Vabadussoja_Ajaloo_Komitee, lk 48
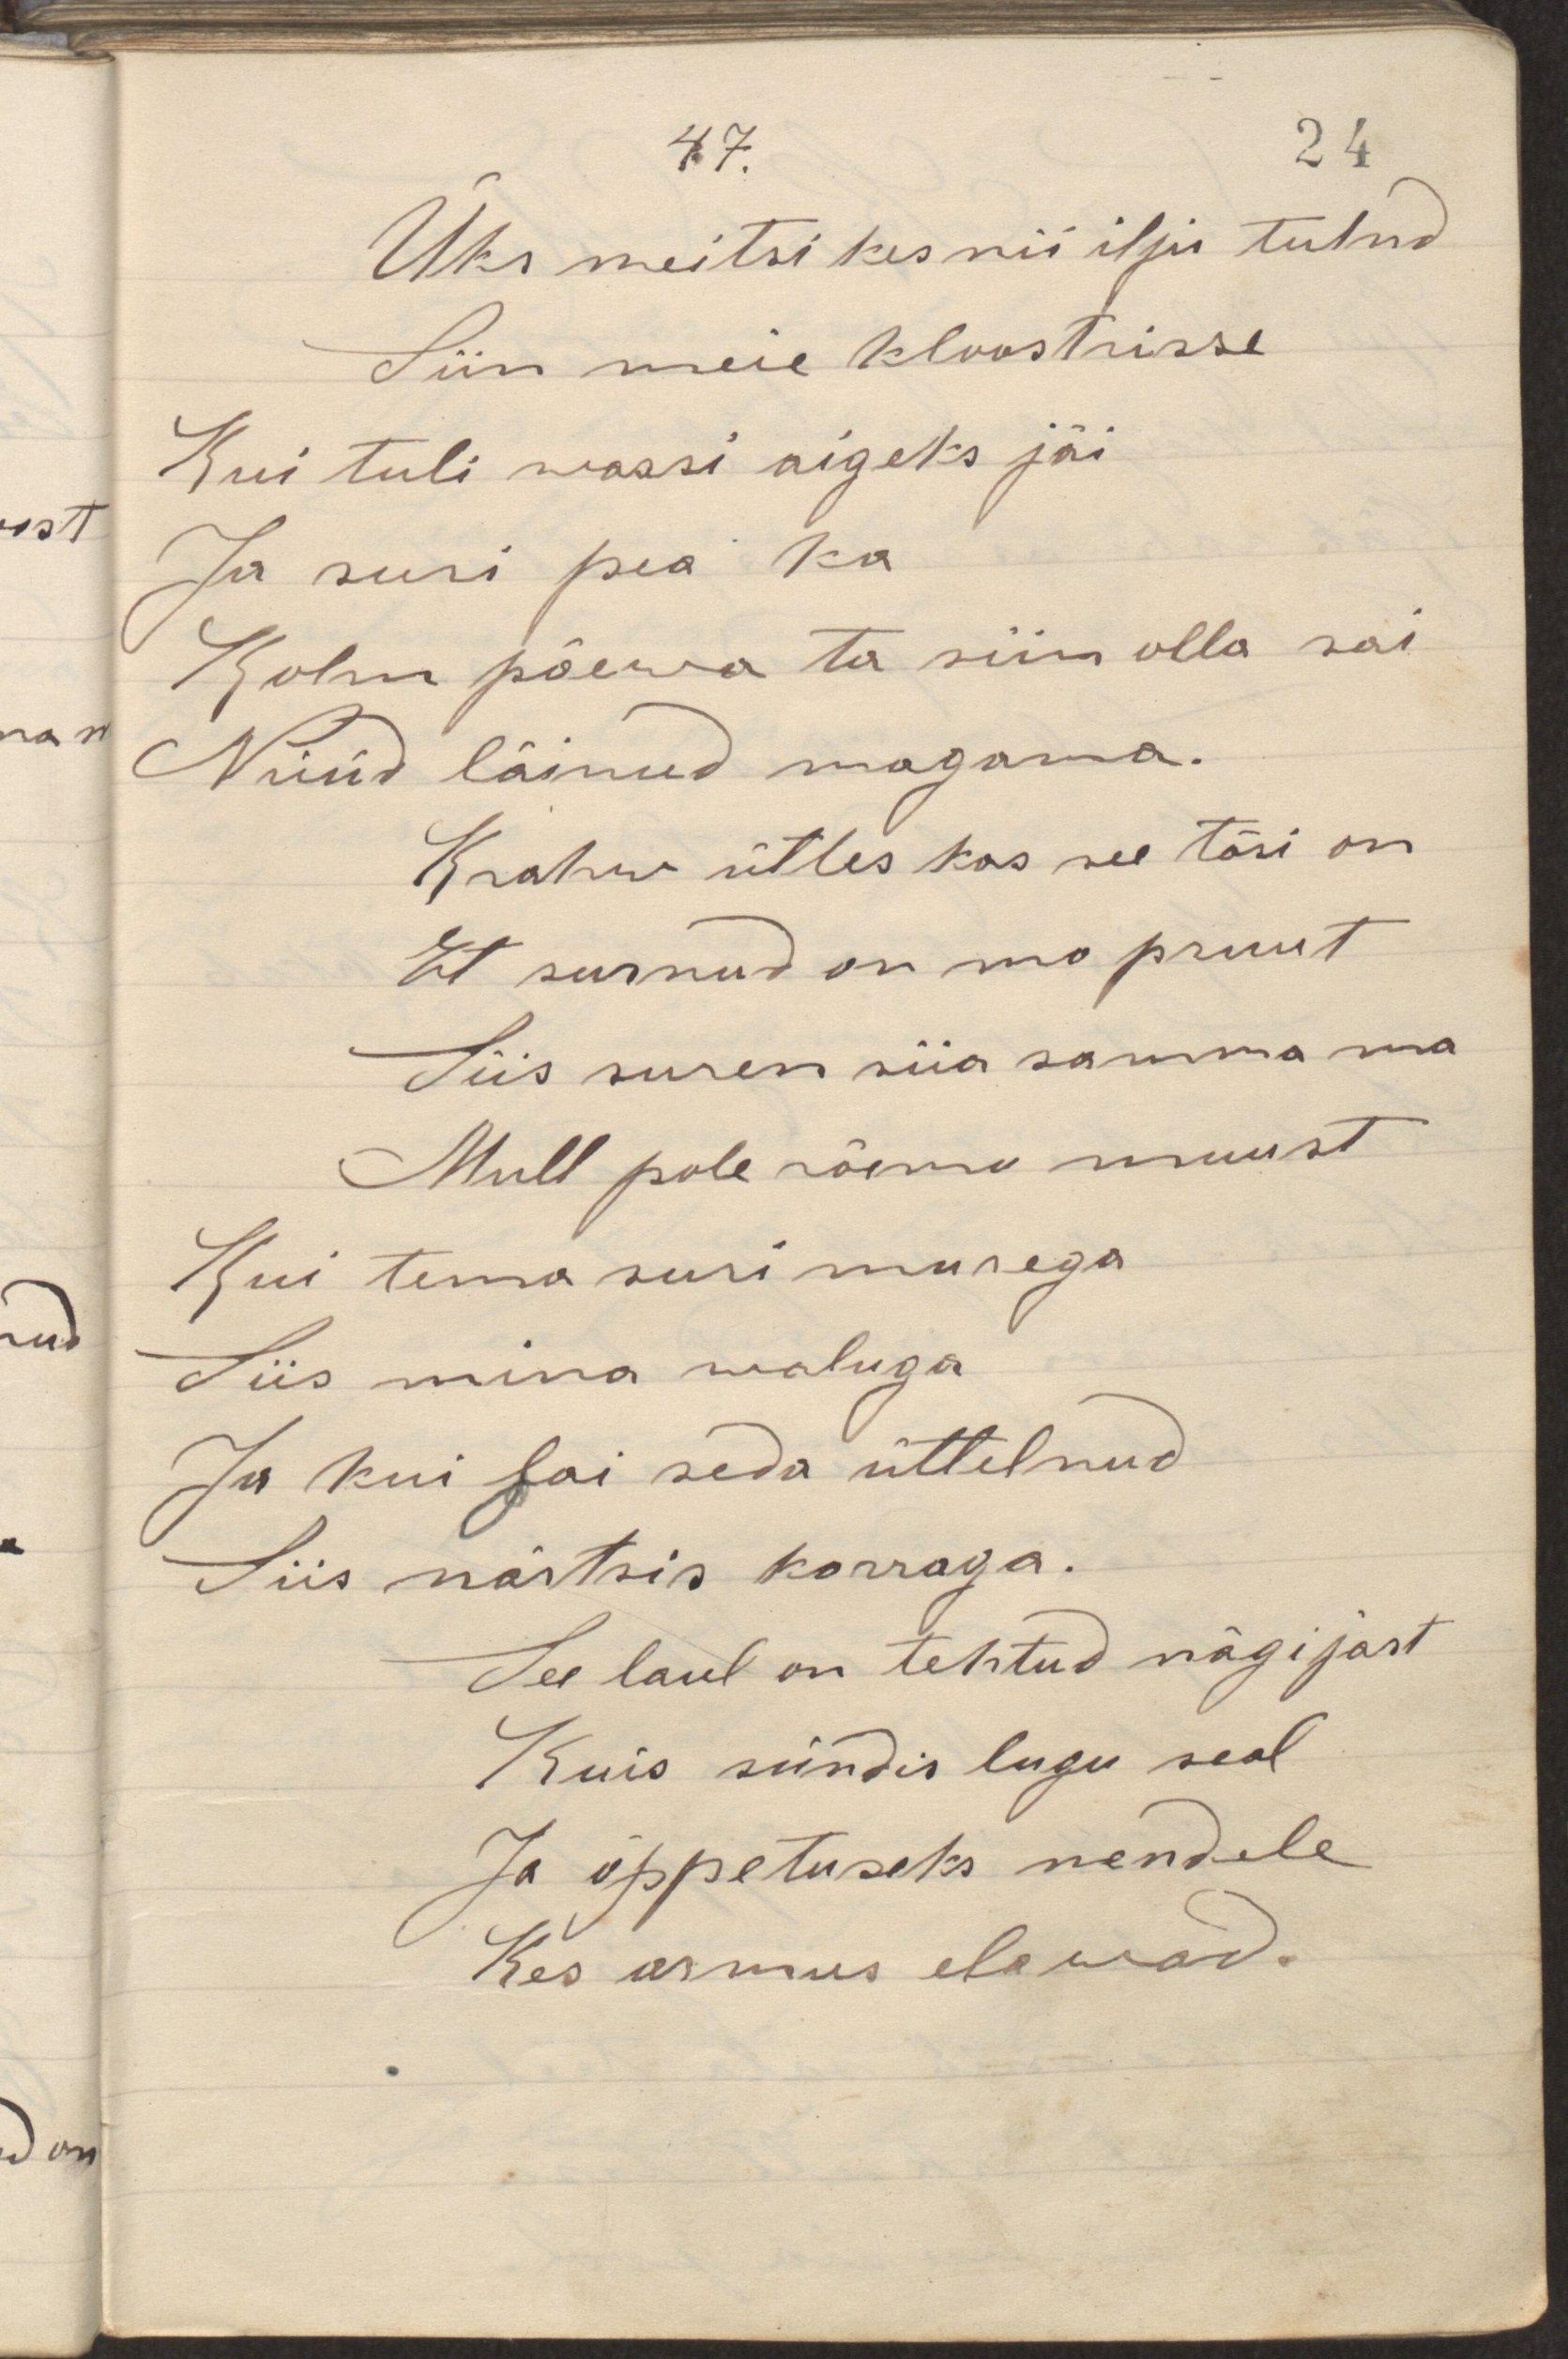
Üks neitsi kes nii ilju tulnd
Siin meie kloostrisse
Kui tuli warsi aigeks jäi
Ja suri pea ka
Kolm päeva ta siin olla sai
Nüüd läinud magama.
Krahw ütles kas see tõsi on
Et surnud on mo pruut
Siis suren siia samma ma
Mull pole rõemu muust
Kui tema suri murega
Siis mina waluga
Ja kui sai seda üttelnud
Siis närtsis korraga.
See laul on tehtud nägijast
Kuis sündis lugu seal
Ja õppetuseks nendele
Kes armus elawad.